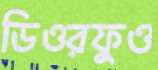
ডিওরফুও